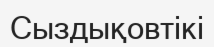
Сыздықовтікі